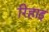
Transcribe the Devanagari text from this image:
रिहाइ